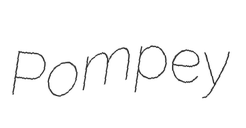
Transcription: Pompey